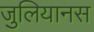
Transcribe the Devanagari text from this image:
जुलियानस